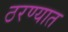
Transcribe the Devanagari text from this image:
ठरण्यात